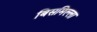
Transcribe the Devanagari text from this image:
बिसमिल्ला